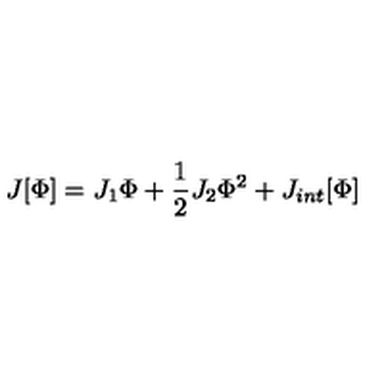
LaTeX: J [ \Phi ] = J _ { 1 } \Phi + { \frac { 1 } { 2 } } J _ { 2 } \Phi ^ { 2 } + J _ { i n t } [ \Phi ]